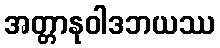
အတ္တာနုဝါဒဘယဿ